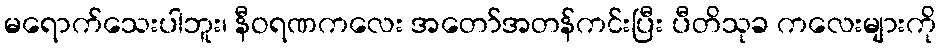
မရောက်သေးပါဘူး၊ နီဝရဏကလေး အတော်အတန်ကင်းပြီး ပီတိသုခ ကလေးများကို